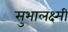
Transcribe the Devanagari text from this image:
सुभालक्ष्मी